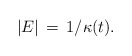
\begin{align*}|E | \, = \, 1/\kappa(t).\end{align*}